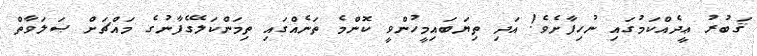
ޤަބުރު ޢީދެއްކަމުގައި ނުހިފާށެވެ! އަދި ތިޔަބައިމީހުންވީ ކޮންމެ ތަނެއްގައި ތިމަންކަލޭގެފާނުގެ މައްޗަށް ޞަލަވާތް